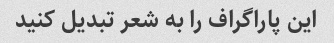
این پاراگراف را به شعر تبدیل کنید